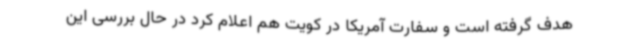
هدف گرفته است و سفارت آمریکا در کویت هم اعلام کرد در حال بررسی این